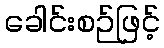
ခေါင်းစဉ်ဖြင့်